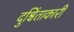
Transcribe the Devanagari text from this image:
दुश्चिंताकारी